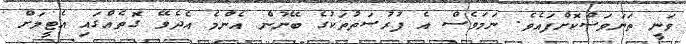
ވަނީ ތަނަވަސްކޮށްފައެވެ. ނަމަވެސް އެ ފުރުސަތުތަކުގެ ބޭނުން އެންމެ އެދެވޭ ގޮތެއްގައި އެޓީމަށް